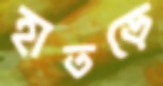
হাতড়ে